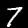
Digit: 7